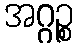
အဂ္ဂဉ္စ